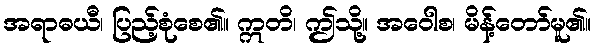
အရာဓယီ၊ ပြည့်စုံစေ၏။ ဣတိ၊ ဤသို့။ အဝေါစ၊ မိန့်တော်မူ၏။